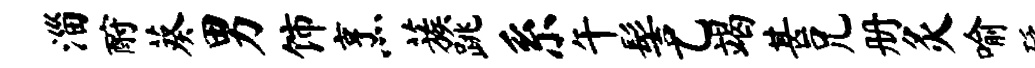
淄酹葵男饰烹蔟跳系午髻乙竭甚兄册灸喻砭